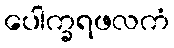
ပေါက္ခရဖလကံ